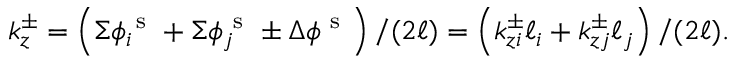
k _ { z } ^ { \pm } = \left( \Sigma \phi _ { i } ^ { \mathrm { ~ s ~ } } + \Sigma \phi _ { j } ^ { \mathrm { ~ s ~ } } \pm \Delta \phi ^ { \mathrm { ~ s ~ } } \right) / ( 2 \ell ) = \left( k _ { z i } ^ { \pm } \ell _ { i } + k _ { z j } ^ { \pm } \ell _ { j } \right) / ( 2 \ell ) .